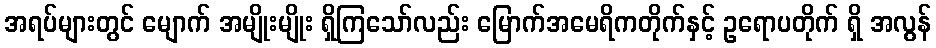
အရပ်များတွင် မျောက် အမျိုးမျိုး ရှိကြသော်လည်း မြောက်အမေရိကတိုက်နှင့် ဥရောပတိုက် ရှိ အလွန်